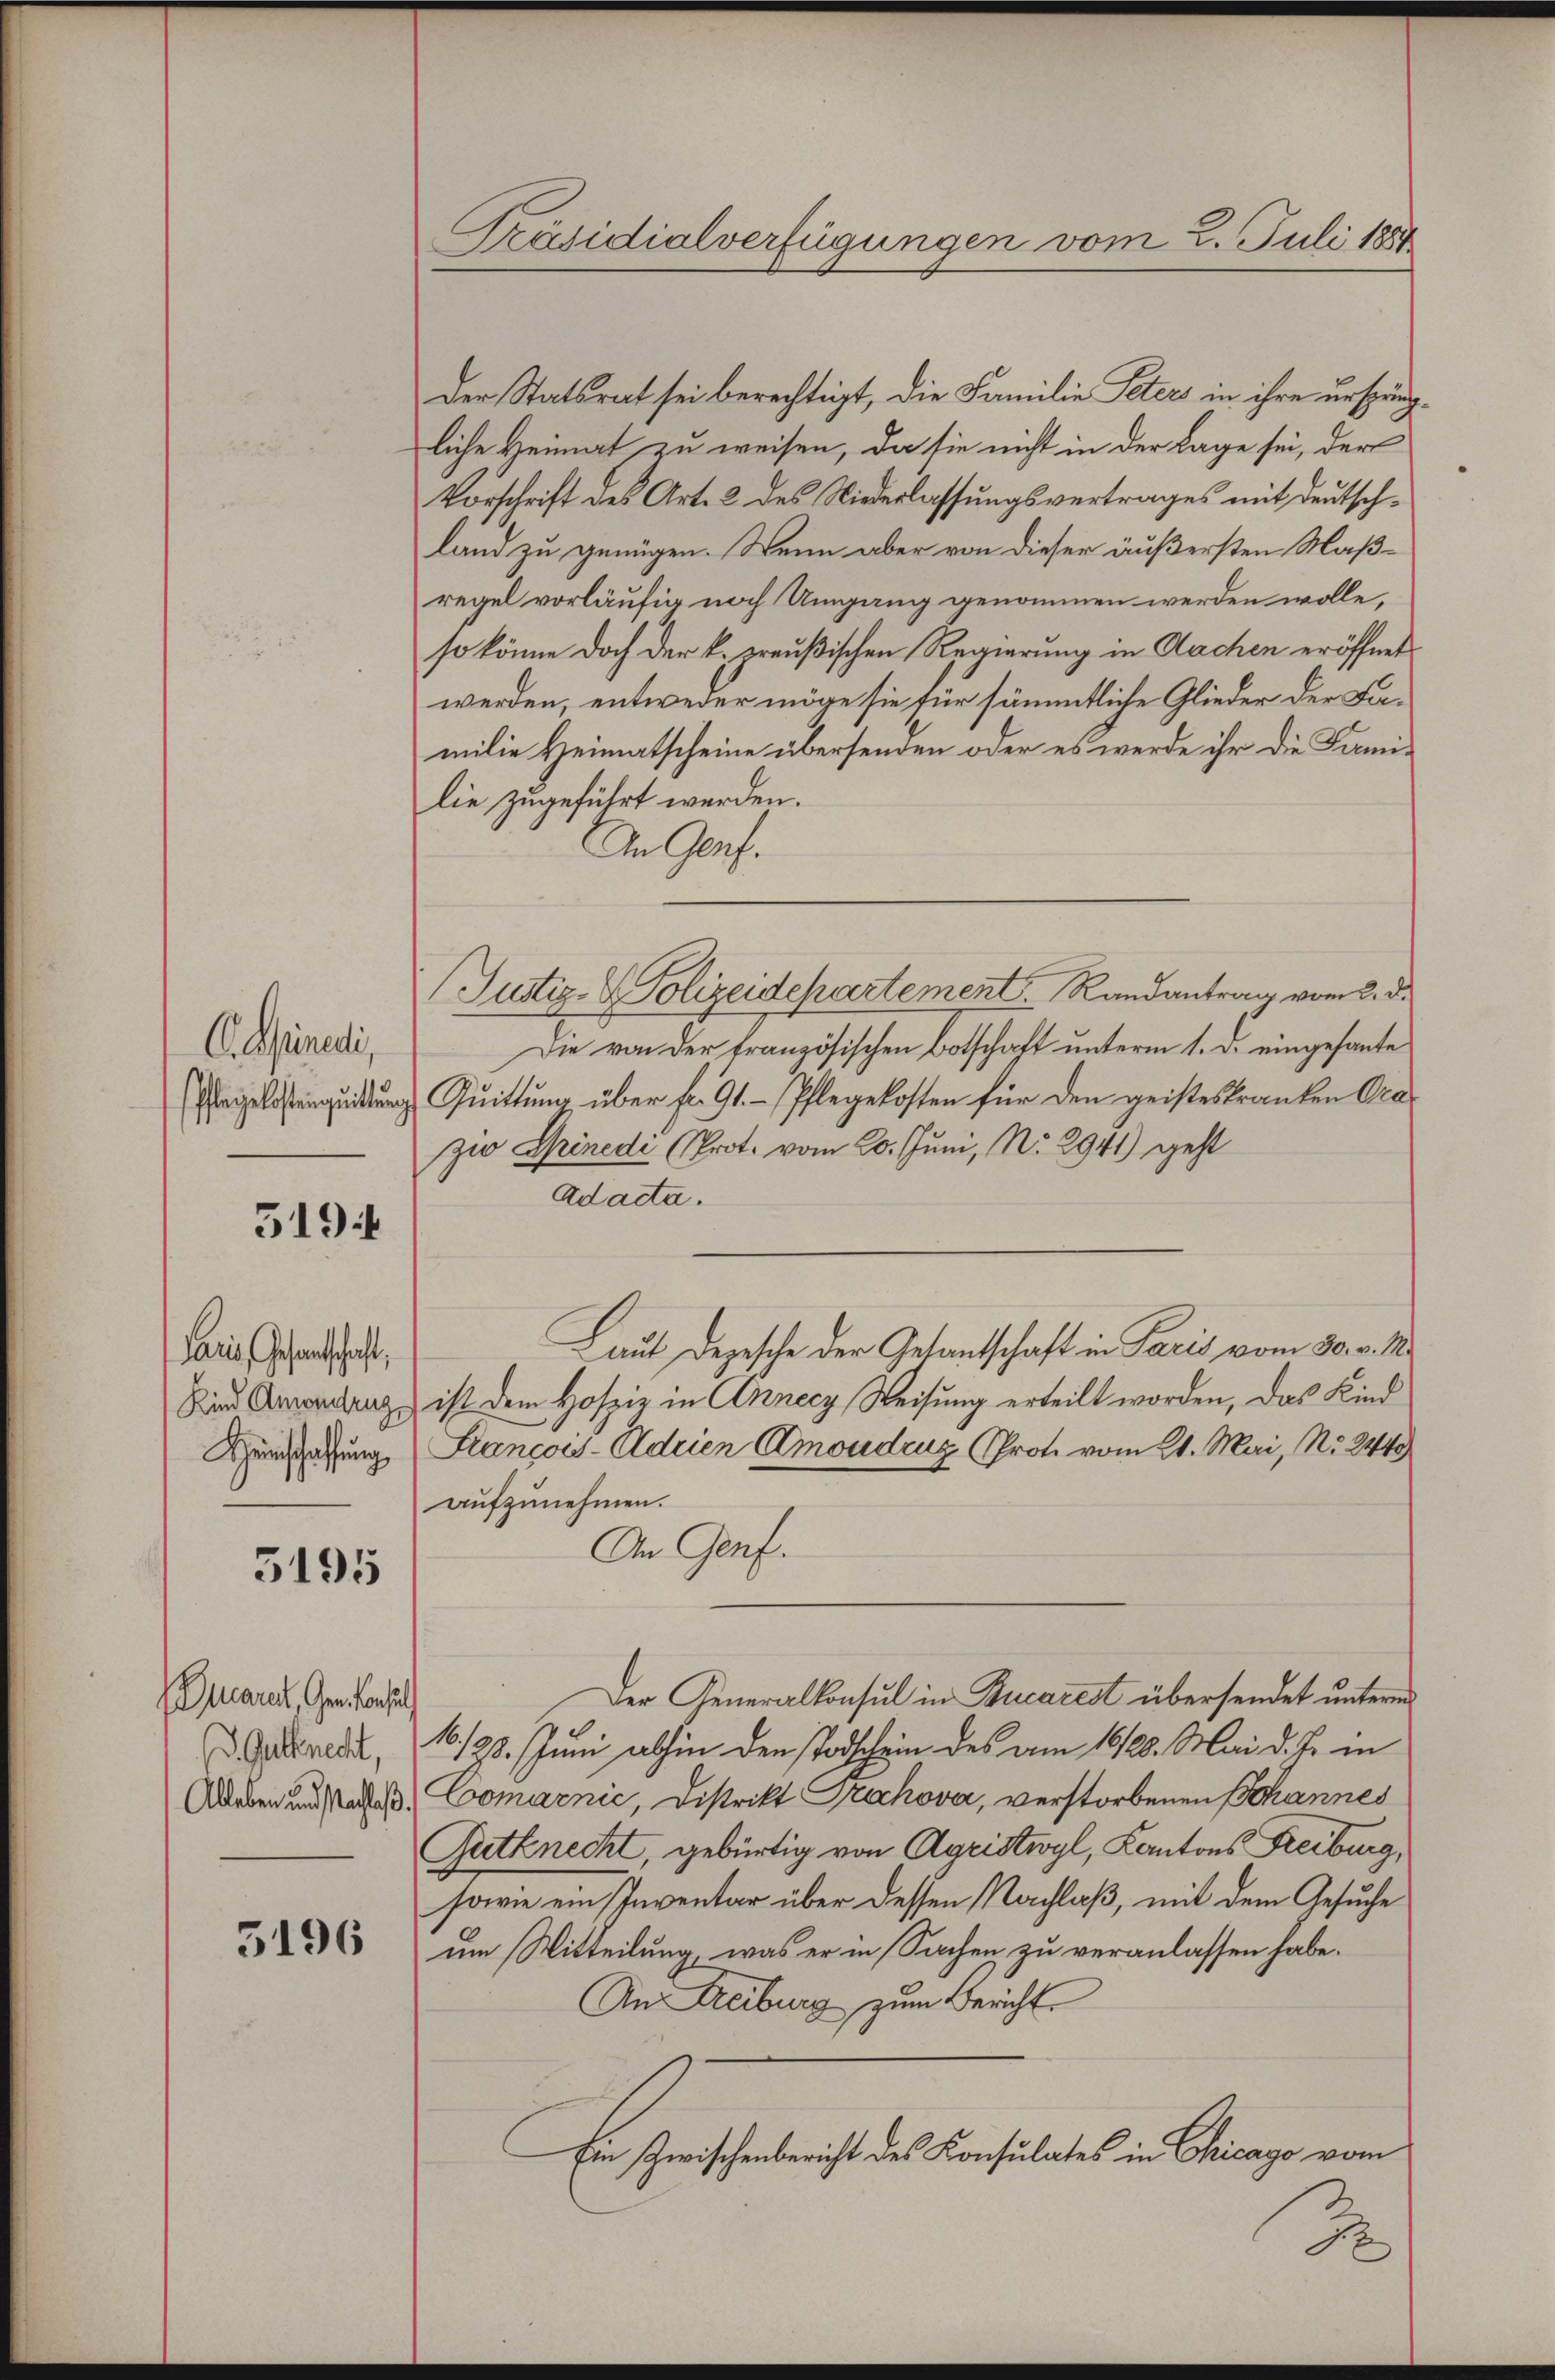
C. Benedi
Pflegelostensquittung

519.

Paris, Gesandtschaft
Heinschaffung

5195

Qucare, Gem. Konse
J. Gutknecht,
Alleben und Nachlaß.

3196

Präsidialverfügungen vom 2. Juli 1881

Der Statsrat sei berechtigt, die Familie Peters in ihre urspringliche Heimat zu weisen, da sie nicht in der Lage sei, der
Vorschrift des Art. 2 des Niederlassungsvertrages mit deutschland zu genügen. Wenn aber von dieser äußersten Maßregel vorläufig noch Umgang genommen werden wolle,
so könne doch der k. preußischen Regierung in Aachen eröffnet
werden, entweder möge sie für sämmtliche Glieder der Familie Heimatscheine übersenden oder es werde ihr die Familie zugeführt werden.
An Genf.
Justiz- & Polizeidepartement Randantrag vom 2. d.
Die von der französischen Botschaft unterm 1. d. eingesante
Quittung über fr. 91. Pflegekosten für den geisteskranken Orazw Spinedi (Prot. vom 20. Juni, No 2941) geht
Adacta.
Laut Depesche der Gesantschaft in Paris vom 30. v. M.
Sind Anwendung ist dem Hospiz in Annecz Weisung erteilt worden, das Kind
François-Adeien Emoudruz (Prot. vom 21. Mai, No. 244
aŭfzŭnehmen.
An Genf.
Der Generalkonsul in Rucarest übersendet unterm
16./23. Juni abhin den Todschein des am 16/28. Mai d. J. in
Comarnić, Distrikt Prechova, verstorbenen Schannes
Gutknecht, gebürtig von Agristwyl, Kantons Freiburg,
sowie ein Inventar über dessen Nachlaß, mit dem Gesuche
um Witteilung, was er in Sachen zu veranlassen habe.
An Freiburg zum Bericht
Ein Zwischenbericht des Konsulates in Chicago vom

2